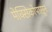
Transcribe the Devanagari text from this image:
मेक्सिकोपासून